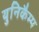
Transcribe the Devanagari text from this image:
युनिकैम्प